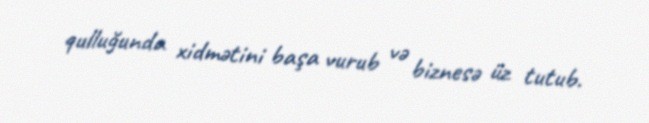
qulluğunda xidmətini başa vurub və biznesə üz tutub.